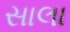
સાલા